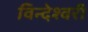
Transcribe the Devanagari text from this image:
विन्देश्वरी